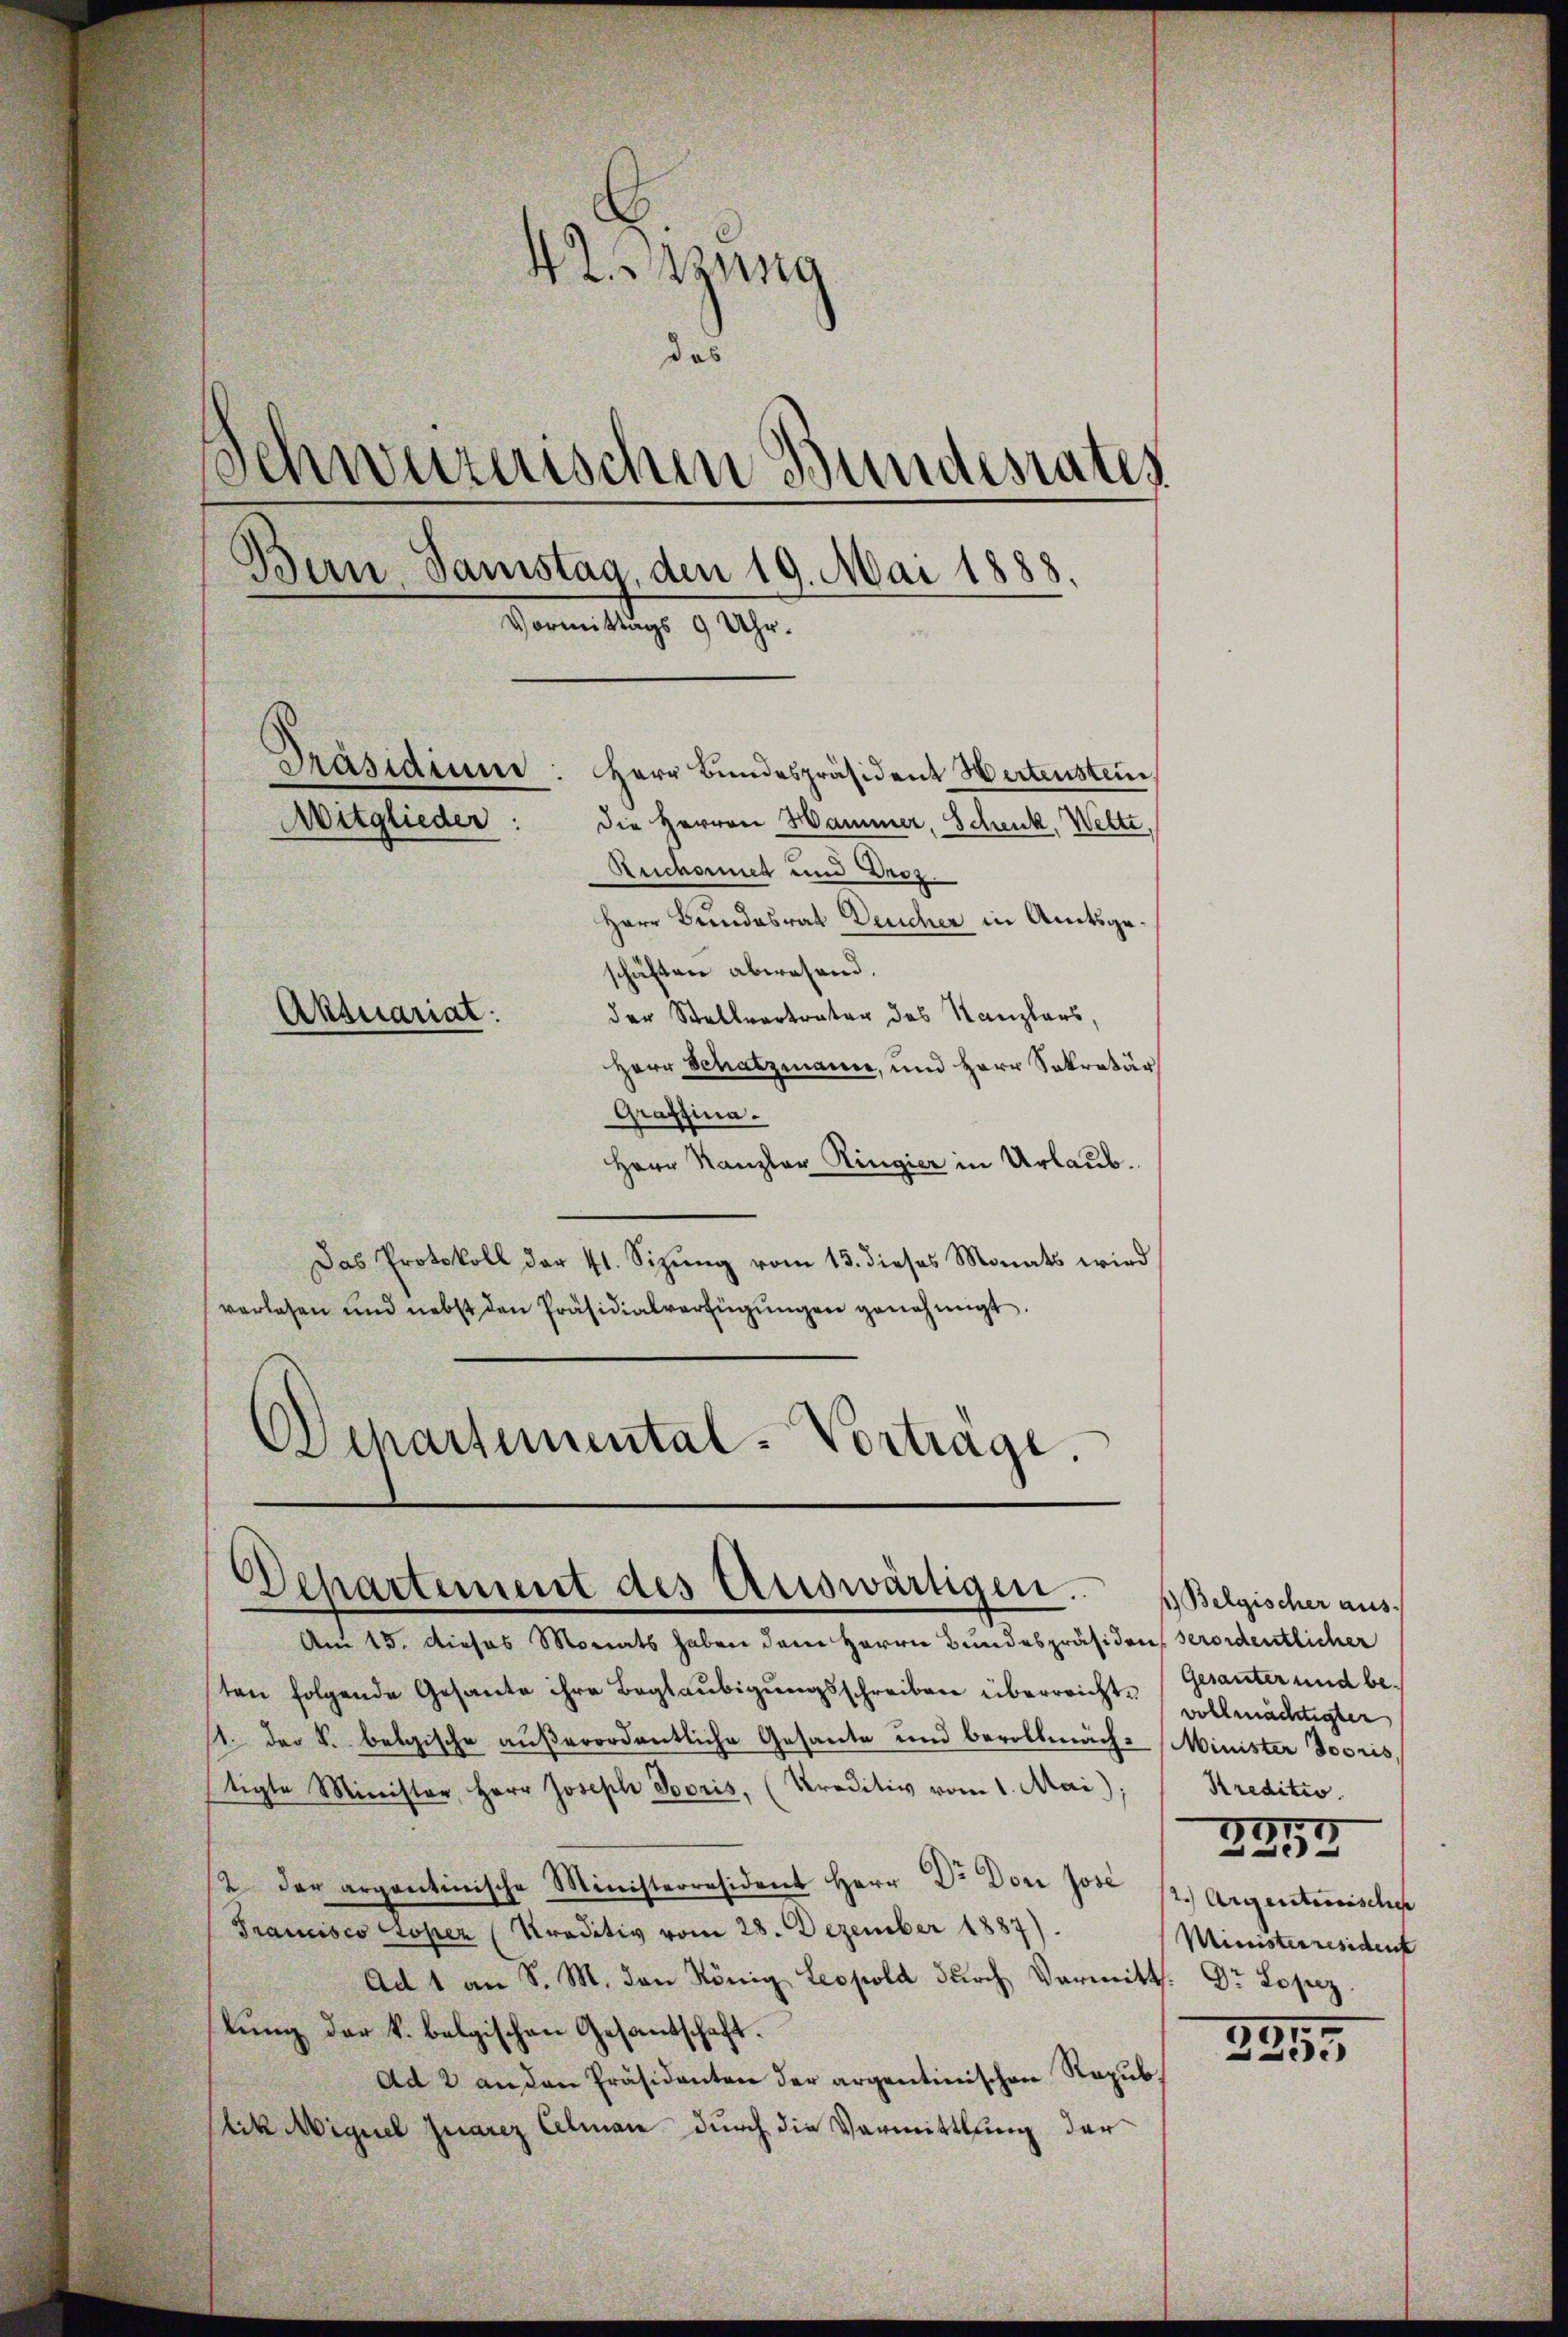
Graffina.
Herr Kanzler Ringier in Urlaub.
Das Protokoll der 41. Sizŭng vom 13. dieses Monats wird
verlesen und nebst den Präsidialverfügŭngen genehmigt.
Departemental-Vorträge.
Departement des Auswärtigen.

42. Sitzung
das
Schweizerischen Bundesrates
Bern, Samstag, den 19. Mai 1888.
Vormittags 9 Uhr.
Präsidium
Herr Bundespräsident Hertenstein.
Mitglieder:
die Herren Hammer, Schenk, Wette,
Reichnet und Droz.
Herr Bundesrat Deucher in Amtsgeschäften abwesend.
der Stellvertrater des Kanzlers,
Aktuariat.
Herr Schatzmann, und Herr Sekretär

Am 15. Dieses Monats haben dem Herrn Bundespräsiden verordentlicher
sten folgende Gesante ihre Beglaŭbigŭngsschreiben überreicht. Gesanter und be¬
11. der k. belgische aŭβerordentliche Gesante und bevollmäche Minister Jooris
tigte Minister, Herr Joseph Sooris, (Kreditiv vom 1. Mai)
2 der argantinische Ministerresident Herr Dr. Dor Jose 12. Argentenische
Francisco Loper (Kraditiv vom 28. Dezember 1887).
Ad 1 an S. M. den König Leopold dŭrch Vermitt. Dr Losz
lung der k. belgischen Gesandtschaft.
Ad 2 an den Präsidenten der argentinischen Repub
lik Miguel quarez Alman durch die Vermittlung der

Belgischer aus.
vollmächtigter
Kreditio
3917
Ministerresident

30
e